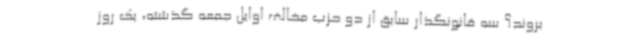
بروند؟ سه قانونگذار سابق از دو حزب مخالف اوایل جمعه گذشته، یک روز